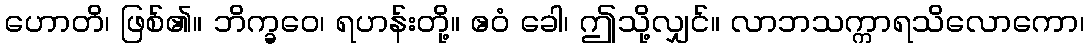
ဟောတိ၊ ဖြစ်၏။ ဘိက္ခဝေ၊ ရဟန်းတို့။ ဧဝံ ခေါ၊ ဤသို့လျှင်။ လာဘသက္ကာရသိလောကော၊